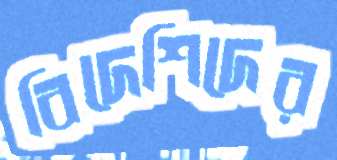
বিদেশিদের